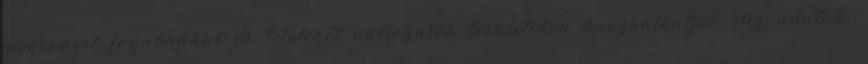
megismert fogalmakat és tételeket változatos területeken használhatjuk Az adatok,